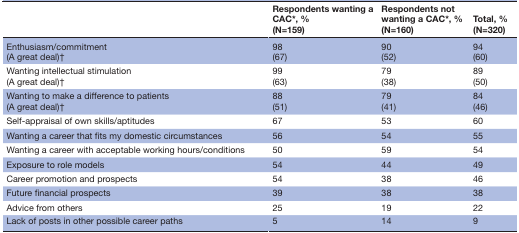
<table><thead><tr><td></td><td><b>Respondents wanting a CAC*, % (N=159)</b></td><td><b>Respondents not wanting a CAC*, % (N=160)</b></td><td><b>Total, % (N=320)</b></td></tr></thead><tbody><tr><td>Enthusiasm/commitment (A great deal)†</td><td>98 (67)</td><td>90 (52)</td><td>94 (60)</td></tr><tr><td>Wanting intellectual stimulation (A great deal)†</td><td>99 (63)</td><td>79 (38)</td><td>89 (50)</td></tr><tr><td>Wanting to make a difference to patients (A great deal)†</td><td>88 (51)</td><td>79 (41)</td><td>84 (46)</td></tr><tr><td>Self-appraisal of own skills/aptitudes</td><td>67</td><td>53</td><td>60</td></tr><tr><td>Wanting a career that fits my domestic circumstances</td><td>56</td><td>54</td><td>55</td></tr><tr><td>Wanting a career with acceptable working hours/conditions</td><td>50</td><td>59</td><td>54</td></tr><tr><td>Exposure to role models</td><td>54</td><td>44</td><td>49</td></tr><tr><td>Career promotion and prospects</td><td>54</td><td>38</td><td>46</td></tr><tr><td>Future financial prospects</td><td>39</td><td>38</td><td>38</td></tr><tr><td>Advice from others</td><td>25</td><td>19</td><td>22</td></tr><tr><td>Lack of posts in other possible career paths</td><td>5</td><td>14</td><td>9</td></tr></tbody></table>